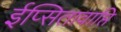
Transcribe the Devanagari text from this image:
ईप्सितावाप्ति